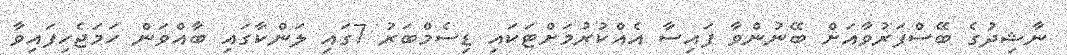
ނާޝިދުގެ ބޭސްފަރުވާއަށް ބޭނުންވާ ފައިސާ އެއްކުރުމަށްޓަކައި ޑިސެމްބަރު 7ގައި ލަންކާގައި ބާއްވަން ހަމަޖެހިފައިވާ